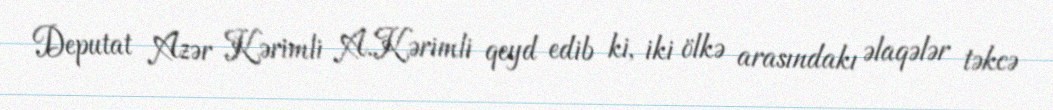
Deputat Azər Kərimli A.Kərimli qeyd edib ki, iki ölkə arasındakı əlaqələr təkcə